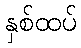
နှစ်ထပ်